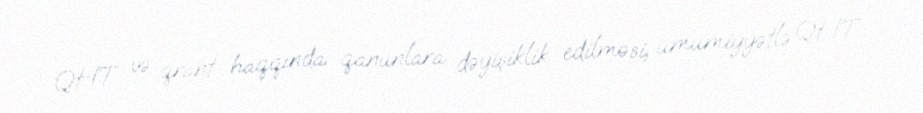
QHT və qrant haqqında qanunlara dəyişiklik edilməsi, ümumiyyətlə QHT